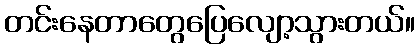
တင်းနေတာတွေပြေလျော့သွားတယ်။